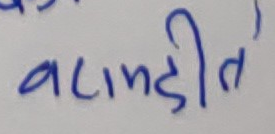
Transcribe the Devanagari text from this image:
वमडीत